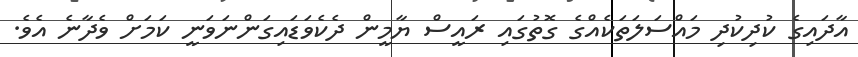
އާދައިގެ ކުދިކުދި މައްސަލަތަކެއްގެ ގޮތުގައި ރައީސް ޔާމީން ދެކެވަޑައިގަންނަވަނީ ކަމަށް ވެދާނެ އެވެ.